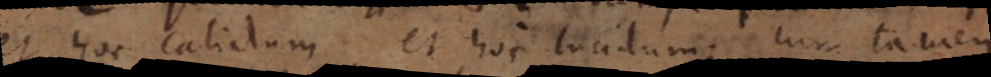
et hoc calidum et hoc lucidum; cum tamen